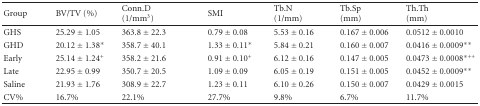
<table><thead><tr><td><b> Group</b></td><td><b>BV/TV (%)</b></td><td><b>Conn.D(1/mm<sup>3</sup>)</b></td><td><b>SMI</b></td><td><b>Tb.N(1/mm)</b></td><td><b>Tb.Sp(mm)</b></td><td><b>Th.Th(mm)</b></td></tr></thead><tbody><tr><td>GHS</td><td>25.29 ± 1.05</td><td>363.8 ± 22.3</td><td>0.79 ± 0.08</td><td>5.53 ± 0.16</td><td>0.167 ± 0.006</td><td>0.0512 ± 0.0010</td></tr><tr><td>GHD</td><td>20.12 ± 1.38*</td><td>358.7 ± 40.1</td><td>1.33 ± 0.11*</td><td>5.84 ± 0.21</td><td>0.160 ± 0.007</td><td>0.0416 ± 0.0009**</td></tr><tr><td>Early</td><td>25.14 ± 1.24<sup>+</sup></td><td>358.2 ± 21.6</td><td>0.91 ± 0.10<sup>+</sup></td><td>6.12 ± 0.16</td><td>0.147 ± 0.005</td><td>0.0473 ± 0.0008<sup>∗++</sup></td></tr><tr><td>Late</td><td>22.95 ± 0.99</td><td>350.7 ± 20.5</td><td>1.09 ± 0.09</td><td>6.05 ± 0.19</td><td>0.151 ± 0.005</td><td>0.0452 ± 0.0009**</td></tr><tr><td>Saline</td><td>21.93 ± 1.76</td><td>308.9 ± 22.7</td><td>1.23 ± 0.11</td><td>6.10 ± 0.26</td><td>0.150 ± 0.007</td><td>0.0429 ± 0.0015</td></tr><tr><td>CV%</td><td>16.7%</td><td>22.1%</td><td>27.7%</td><td>9.8%</td><td>6.7%</td><td>11.7%</td></tr></tbody></table>